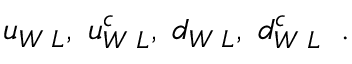
u _ { W \; L } , \; u _ { W \; L } ^ { c } , \; d _ { W \; L } , \; d _ { W \; L } ^ { c } \; \; .